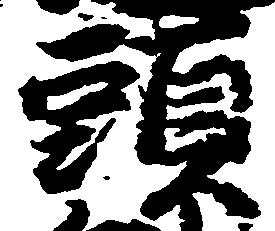
職